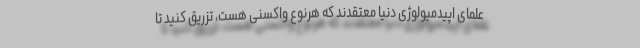
علمای اپیدمیولوژی دنیا معتقدند که هرنوع واکسنی هست، تزریق کنید تا